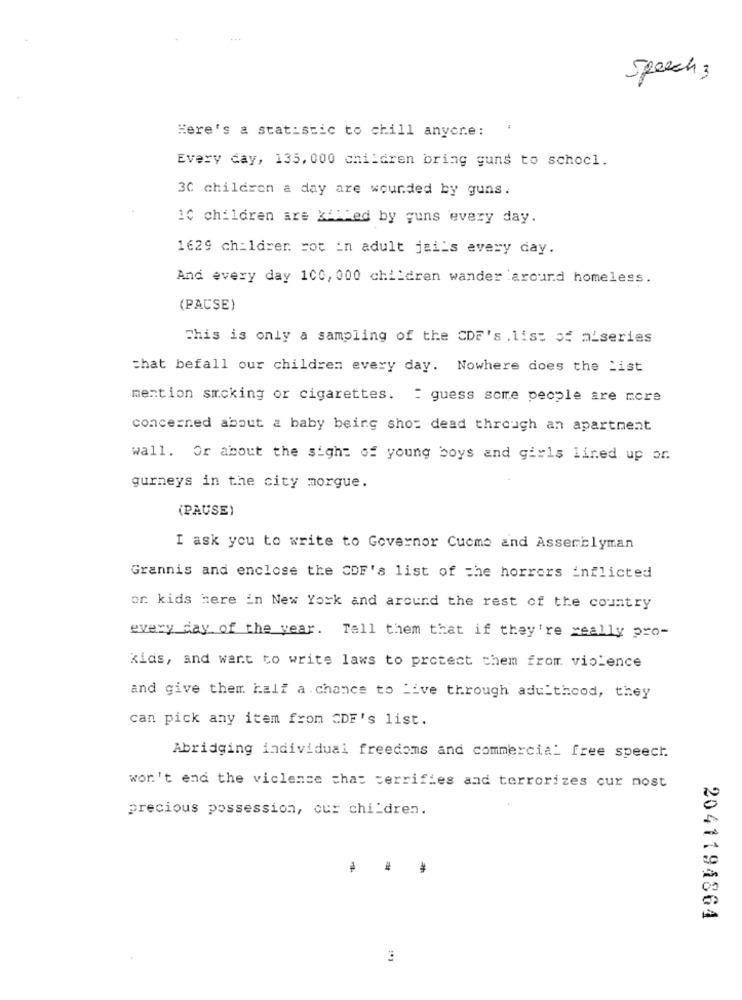
Speech 3
Here's a statistic to chill anyore: '
Every day, 135, 000 children bring guns to schocl.
30 children a day are wounded by guns.
10 children are killed by guns every day.
1629 children rot in adult jails every day.
And every day 100, 000 children wander around homeless.
(PAUSE)
This is only a sampling of the CDF's .list of aiseries
that befall our children every day. Nowhere does the List
mention smoking or cigarettes. : guess some people are more
concerned about a baby being shot dead through an apartment
wall. Or about the sight of young boys and girls lined up or.
gurneys in the city morgue.
(PAUSE)
I ask you to write to Governor Cucme and Assemblyman
Grannis and enclose the CDF's list of the horrors inflicted
or. kids here in New York and around the rest of the country
every day of the year. Tell them that if they're really pro-
kids, and want to write laws to protect them from violence
and give them half a chance to Live through adulthood, they
can pick any item from CDF's list.
Abridging individual freedoms and commercial free speech.
won't end the viclense chas terrifies and terrorizes cur most
precious possession, our children.
2041194864